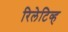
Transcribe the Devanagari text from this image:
रिलेटिव्ह